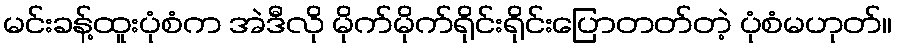
မင်းခန့်ထူးပုံစံက အဲဒီလို မိုက်မိုက်ရိုင်းရိုင်းပြောတတ်တဲ့ ပုံစံမဟုတ်။